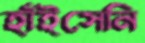
হাঁইসেনি